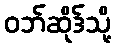
ဝဘ်ဆိုဒ်သို့